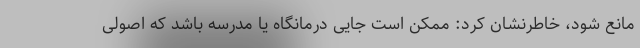
مانع شود، خاطرنشان کرد: ممکن است جایی درمانگاه یا مدرسه باشد که اصولی